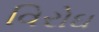
વિરોઘ